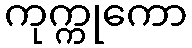
ကုက္ကုကော